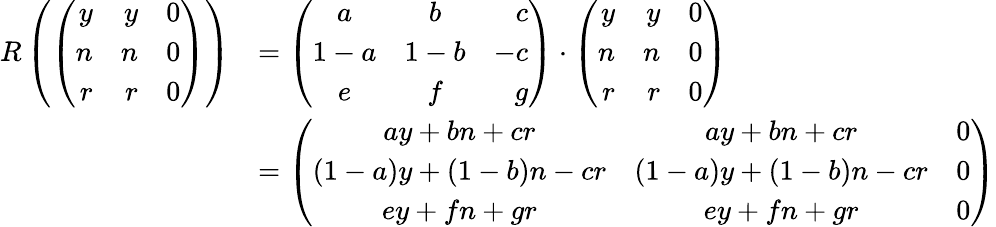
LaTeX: \begin{array}{rl}{R\left(\left(\begin{array}{rrr}{y}&{y}&{0}\\ {n}&{n}&{0}\\ {r}&{r}&{0}\end{array}\right)\right)}&{=\left(\begin{array}{ccr}{a}&{b}&{c}\\ {1-a}&{1-b}&{-c}\\ {e}&{f}&{g}\end{array}\right)\cdot\left(\begin{array}{rrr}{y}&{y}&{0}\\ {n}&{n}&{0}\\ {r}&{r}&{0}\end{array}\right)}\\ &{=\left(\begin{array}{ccc}{ay+bn+cr}&{ay+bn+cr}&{0}\\ {(1-a)y+(1-b)n-cr}&{(1-a)y+(1-b)n-cr}&{0}\\ {ey+fn+gr}&{ey+fn+gr}&{0}\end{array}\right)}\end{array}